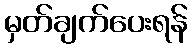
မှတ်ချက်ပေးရန်